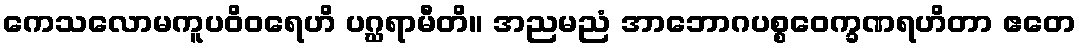
ကေသလောမကူပဝိဝရေဟိ ပဂ္ဃရာမီတိ။ အညမညံ အာဘောဂပစ္စဝေက္ခဏရဟိတာ ဧတေ